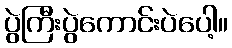
ပွဲကြီးပွဲကောင်းပဲပေါ့။